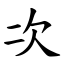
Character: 次